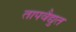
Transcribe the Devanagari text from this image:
तापवैद्युत